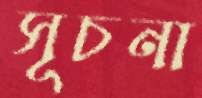
সূচনা